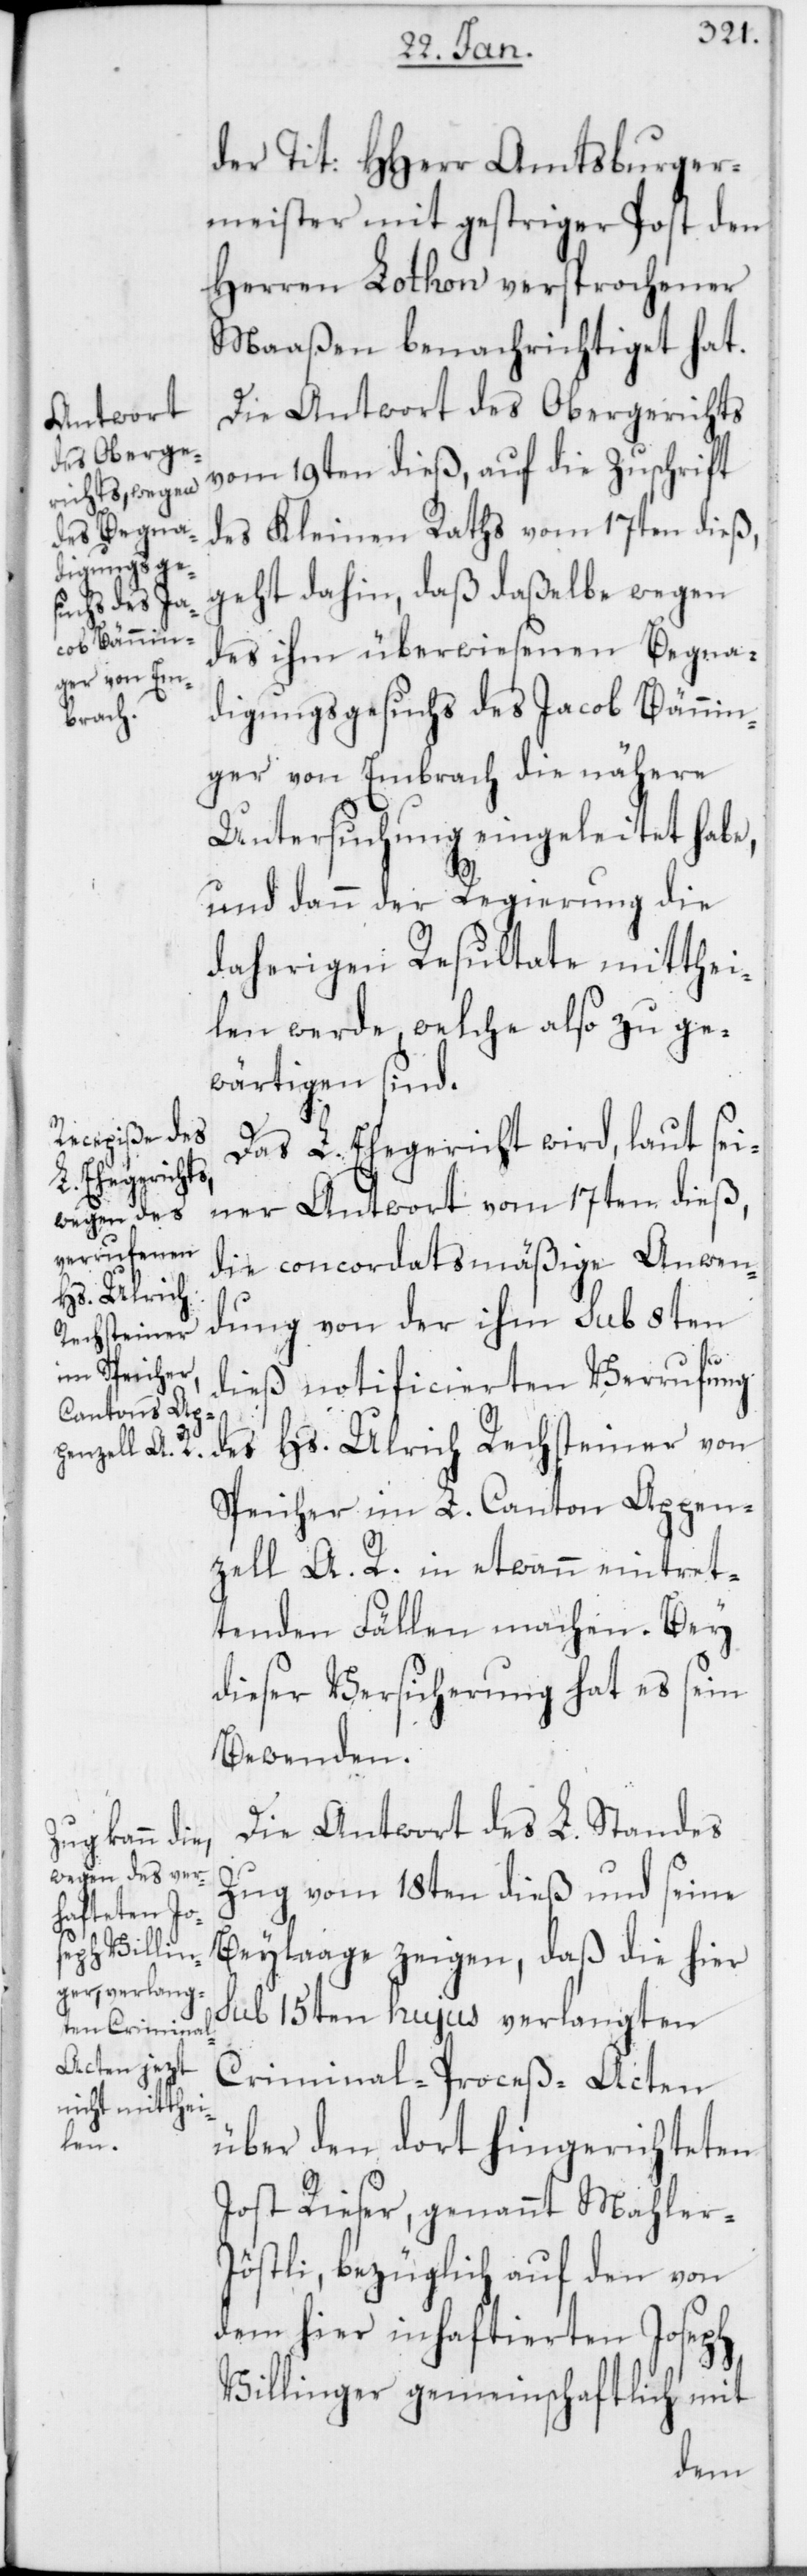
der Tit: HHerr Amtsburger¬
meister mit gestriger Post den
Herren Lothon versprochener
Maaßen benachrichtiget hat.
Die Antwort des Obergerichts
vom 19ten dieß, auf die Zuschrift
des Kleinen Raths vom 17ten dieß,
geht dahin, daß daßelbe wegen
des ihm überwiesenen Begna¬
digungsgesuchs des Jacob Bännin¬
ger von Embrach die nähere
Untersuchung eingeleitet habe,
und dann der Regierung die
daherigen Resultate mitthei¬
len werde, welche also zu ge¬
wärtigen sind.
Das L. Ehegericht wird, laut sei¬
ner Antwort vom 17ten dieß,
die concordatsmäßige Anwen¬
dung von der ihm sub 8ten
dieß notificierten Verrufung
des Hs. Ulrich Rechsteiner von
Speicher im L. Canton Appen¬
zell A. R. in etwann eintret¬
tenden Fällen machen. Bey
dieser Versicherung hat es sein
Bewenden.
Die Antwort des L. Standes
Zug vom 18ten dieß und seine
Beylaage zeigen, daß die hier
sub 15ten hujus verlangten
Criminal-Proceß-Acten
über den dort hingerichteten
Jost Rieser, genannt Mahler-J¬
östli, bezüglich auf den von
dem hier inhaftierten Joseph
Villinger gemeinschaftlich mit